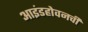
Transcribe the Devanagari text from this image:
आइंडहोवनची